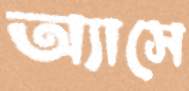
অ্যাসে